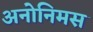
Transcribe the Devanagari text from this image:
अनोनिमस